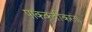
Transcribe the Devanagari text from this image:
पाककृतींकरता